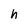
Character: h